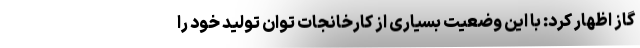
گاز اظهار کرد: با این وضعیت بسیاری از کارخانجات توان تولید خود را